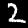
Digit: 2